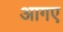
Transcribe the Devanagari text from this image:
आगए